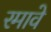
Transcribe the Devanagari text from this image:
रमावे